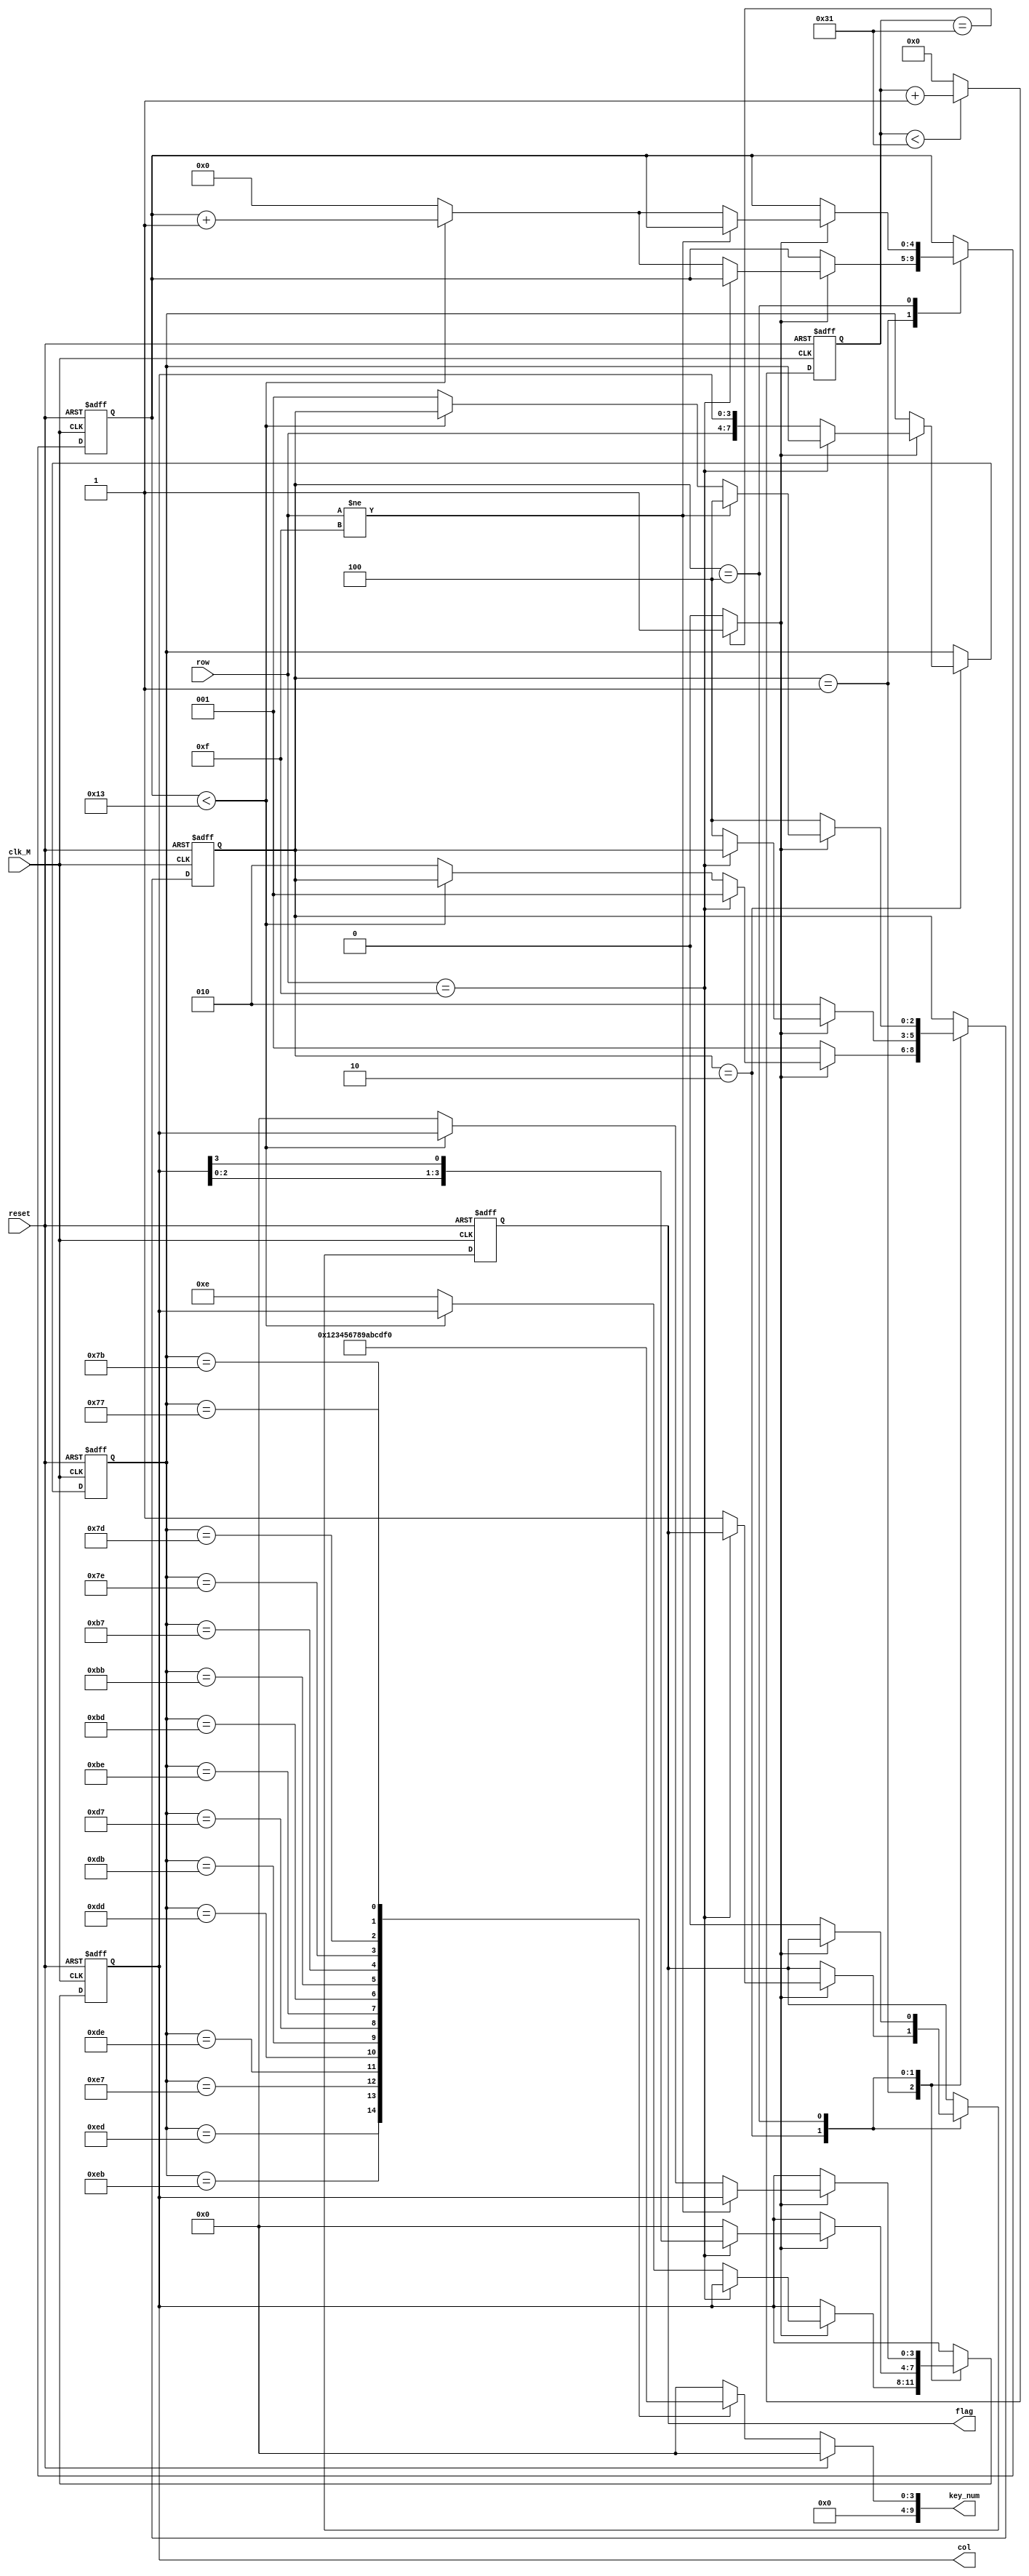
// 
module keyboard(
   input wire clk_M,            // 
   input wire reset,            // 
   input wire [3:0] row,        // 4
   output reg [9:0] key_num,    // 10
   output reg [3:0] col,        // 4
   output reg flag              // 1
);

	parameter CNT1_MAX = 50;  // CNT1
	parameter CNT2_MAX = 20;      // CNT2
	localparam S0 = 3'b001;       // S03
	localparam S1 = 3'b010;       // S13
	localparam S2 = 3'b100;       // S23

	reg [2:0] state;              // state3
	reg [15:0] cnt1;              // CNT116
	reg [4:0] cnt2;               // CNT25
	reg [7:0] row_col;            // 8

	wire flag_1ms;                // 1ms1
	always @(posedge clk_M, posedge reset) begin    // 
		 if (reset)
			  cnt1 <= 0;
		 else if (cnt1 < CNT1_MAX - 1)
			  cnt1 <= cnt1 + 1'b1;
		 else
			  cnt1 <= 0;
	end

	
	assign flag_1ms = (cnt1 == CNT1_MAX - 1) ? 1'b1 : 1'b0; // flag_1ms1ms

	always @(posedge clk_M, posedge reset) begin // 
		 if (reset) begin // 
			  cnt2 <= 0; // 
			  col <= 4'b0000; // 
			  row_col <= 8'b1111_0000; // 
			  flag <= 0; // 
			  state <= S0; // S0
		 end
		 else begin // 
			  case (state) // 
					S0: if (flag_1ms == 0) // S01ms
							  state <= S0; // S0
						 else if (row == 4'b1111) // 1
							  state <= S0; // S0
						 else if (cnt2 < CNT2_MAX - 1)  // CNT2_MAX
							  cnt2 <= cnt2 + 1'b1; // 1
						 else begin // 
							  cnt2 <= 0; // 
							  col <= 4'b1110; // 4b1110
							  state <= S1; // S1
						 end
					S1: if (flag_1ms == 0) // S11ms
							  state <= S1; // S1
						 else if (row == 4'b1111) // 1
							  col <= {col[2:0], col[3]}; // 1
						 else begin // 
							  row_col <= {row, col}; // 8
							  col <= 4'b0000; // 
							  flag <= 1; // 1
							  state <= S2; // S2
						 end
					S2: if (flag_1ms == 0) begin // S21ms
							  flag <= 0; // 
							  state <= S2; // S2
						 end
						 else if (row != 4'b1111) // 1
							  state <= S2; // S2
						 else if (cnt2 < CNT2_MAX - 1)  // CNT2_MAX
							  cnt2 <= cnt2 + 1'b1; // 1
						 else begin // 
							  cnt2 <= 0; // 
							  col <= 4'b0000;
							  state <= S0;
						 end
			  endcase
		 end
	end


	always @ (*)
	// 
		begin
		  if (reset)
		  // 1
			 key_num <= 10'h0;
		  else
		  // 0
			 case (row_col)
				8'b1110_1110: key_num = 10'd0;  // 44
				8'b1110_1101: key_num = 10'd1; // 43
				8'b1110_1011: key_num = 10'd2; // 42
				8'b1110_0111: key_num = 10'd3; // 41
				8'b1101_1110: key_num = 10'd4; // 34
				8'b1101_1101: key_num = 10'd5;  // 33
				8'b1101_1011: key_num = 10'd6;  // 32
				8'b1101_0111: key_num = 10'd7; // 31
				8'b1011_1110: key_num = 10'd8; // 24
				8'b1011_1101: key_num = 10'd9; // 23
				8'b1011_1011: key_num = 10'd10; // 22
				8'b1011_0111: key_num = 10'd11; // 21
				8'b0111_1110: key_num = 10'd12; // 14
				8'b0111_1101: key_num = 10'd13; // 13
				8'b0111_1011: key_num = 10'd14; // 12
				8'b0111_0111: key_num = 10'd15; // 11
				default: key_num = 10'd0; // 
			 endcase
		end

endmodule